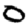
Digit: 0